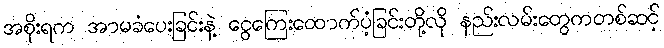
အစိုးရက အာမခံပေးခြင်းနဲ့ ငွေကြေးထောက်ပံ့ခြင်းတို့လို နည်းလမ်းတွေကတစ်ဆင့်